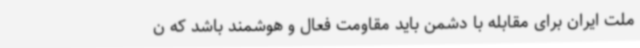
ملت ایران برای مقابله با دشمن باید مقاومت فعال و هوشمند باشد که ن